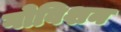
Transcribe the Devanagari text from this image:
गोविशन